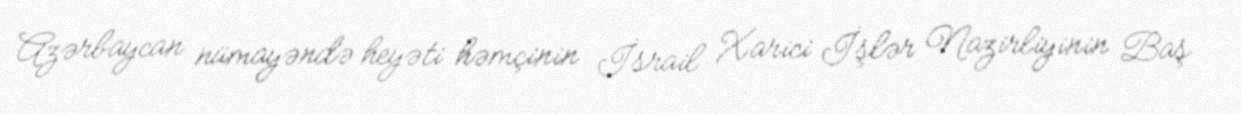
Azərbaycan nümayəndə heyəti həmçinin İsrail Xarici İşlər Nazirliyinin Baş